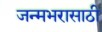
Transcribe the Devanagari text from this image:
जन्मभरासाठी